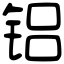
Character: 铝